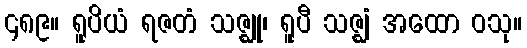
၄၈၉။ ရူပိယံ ရဇတံ သဇ္ဈု၊ ရူပီ သဇ္ဈံ အထော ဝသု။